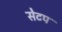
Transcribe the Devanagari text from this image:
सेटप